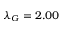
\lambda _ { G } = 2 . 0 0